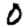
Digit: 0